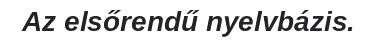
Az elsőrendű nyelvbázis.